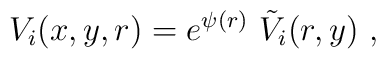
V_i (x,y,r) = e^{\psi(r)}\ \tilde V_i(r,y)~,